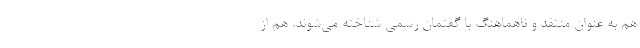
هم به عنوان منتقد و ناهماهنگ با گفتمان رسمی شناخته می‌شوند. هم از